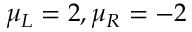
\mu _ { L } = 2 , \mu _ { R } = - 2